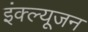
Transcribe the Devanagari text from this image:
इंक्ल्यूजन